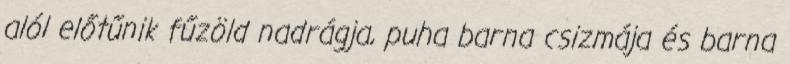
alól előtűnik fűzöld nadrágja, puha barna csizmája és barna